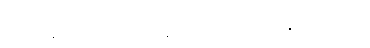
ပြဿနာတွေက အချိန်မရွေး ပေါ်လာနိုင်ပါတယ်။